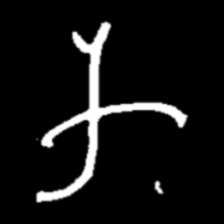
Pyu character \u2014 Myanmar letter: က (romanized: ka)